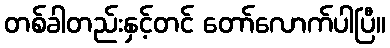
တစ်ခါတည်းနှင့်တင် တော်လောက်ပါပြီ။